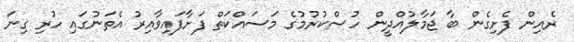
ރެއިން ފެށިގެން ބާ ޖަމާލުއްދީން ހުސްކުރުމުގެ މަސައްކަތް ފަށާފައިވާއިރު އެތަނުގައި ހުރި ގިނަ